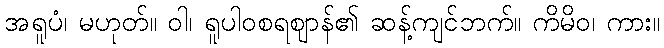
အရူပံ၊ မဟုတ်။ ဝါ၊ ရူပါဝစရဈာန်၏ ဆန့်ကျင်ဘက်။ ကိမိဝ၊ ကား။